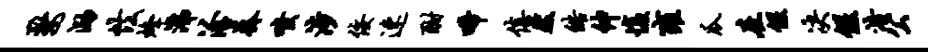
婺泐怯烽沸洽奏嗤涉佞速酣唏僖然皓伸愎雍瓜在偃决偃浩公